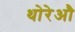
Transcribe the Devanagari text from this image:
थोरेऔ